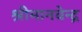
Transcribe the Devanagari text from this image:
श्रीमानवेन्द्र